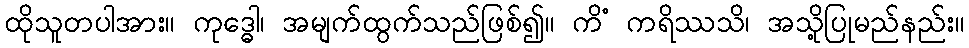
ထိုသူတပါအား။ ကုဒ္ဓေါ၊ အမျက်ထွက်သည်ဖြစ်၍။ ကိံ ကရိဿသိ၊ အသို့ပြုမည်နည်း။